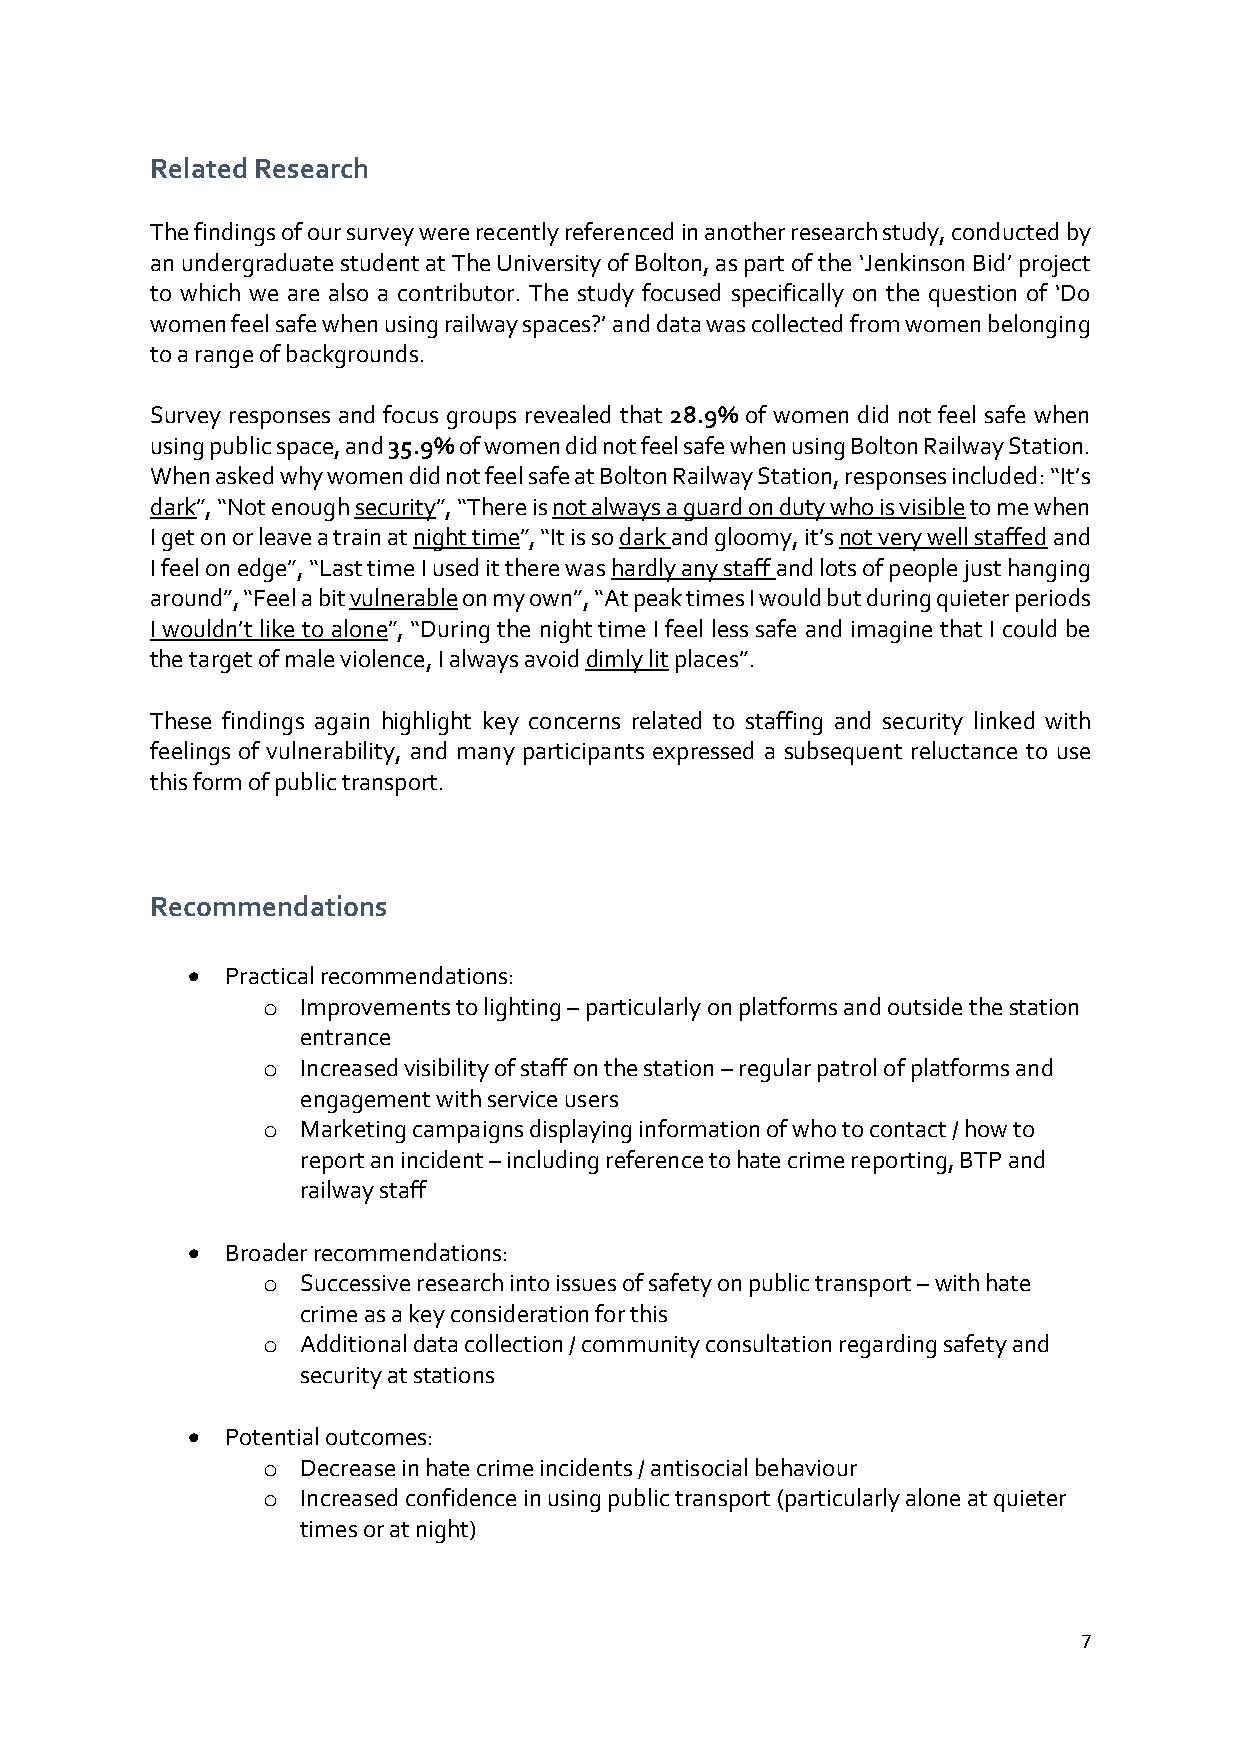
Related Research
 The findings of our survey were recently referenced in another research study, conducted by
 an undergraduate student at The University of Bolton, as part of the ‘Jenkinson Bid’ project
 to which we are also a contributor. The study focused specifically on the question of ‘Do
 women feel safe when using railway spaces?’ and data was collected from women belonging
 to a range of backgrounds.
 Survey responses and focus groups revealed that 28.9% of women did not feel safe when
 using public space, and 35.9% of women did not feel safe when using Bolton Railway Station.
 When asked why women did not feel safe at Bolton Railway Station, responses included: “It’s
 dark”, “Not enough security”, “There is not always a guard on duty who is visible to me when
 I get on or leave a train at night time”, “It is so dark and gloomy, it’s not very well staffed and
 I feel on edge”, “Last time I used it there was hardly any staff and lots of people just hanging
 around”, “Feel a bit vulnerable on my own”, “At peak times I would but during quieter periods
 I wouldn’t like to alone”, “During the night time I feel less safe and imagine that I could be
 the target of male violence, I always avoid dimly lit places”.
 These findings again highlight key concerns related to staffing and security linked with
 feelings of vulnerability, and many participants expressed a subsequent reluctance to use
 this form of public transport.
 Recommendations
   Practical recommendations:
 o  Improvements to lighting – particularly on platforms and outside the station
 entrance
 o  Increased visibility of staff on the station – regular patrol of platforms and
 engagement with service users
 o  Marketing campaigns displaying information of who to contact / how to
 report an incident – including reference to hate crime reporting, BTP and
 railway staff
   Broader recommendations:
 o  Successive research into issues of safety on public transport – with hate
 crime as a key consideration for this
 o  Additional data collection / community consultation regarding safety and
 security at stations
   Potential outcomes:
 o  Decrease in hate crime incidents / antisocial behaviour
 o  Increased confidence in using public transport (particularly alone at quieter
 times or at night)
 7